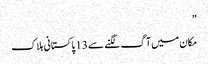
”
مکان میں آگ لگنے سے 13 پاکستانی ہلاک